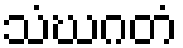
သံဃဂတံ